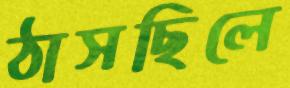
ঠাসছিলে